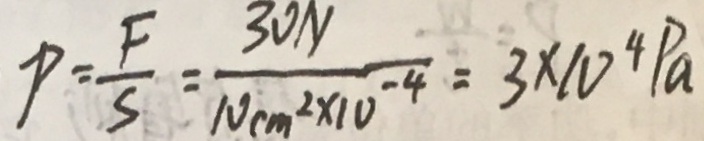
p = \frac { F } { S } = \frac { 3 0 N } { 1 0 c m ^ { 2 } \times 1 0 ^ { - 4 } } = 3 \times 1 0 ^ { 4 } P a